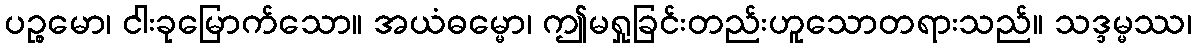
ပဉ္စမော၊ ငါးခုမြောက်သော။ အယံဓမ္မော၊ ဤမရှုခြင်းတည်းဟူသောတရားသည်။ သဒ္ဒမ္မဿ၊